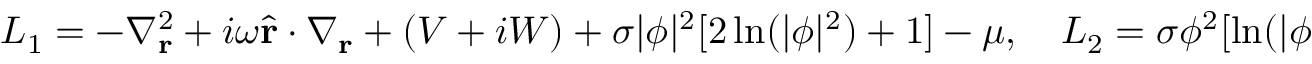
\begin{array} { r } { { } L _ { 1 } = - \nabla _ { \mathbf { r } } ^ { 2 } + i \omega \widehat { \mathbf { r } } \cdot \nabla _ { \mathbf { r } } + ( V + i W ) + \sigma | \phi | ^ { 2 } [ 2 \ln ( | \phi | ^ { 2 } ) + 1 ] - \mu , \quad L _ { 2 } = \sigma \phi ^ { 2 } [ \ln ( | \phi | ^ { 2 } ) + 1 ] . } \end{array}